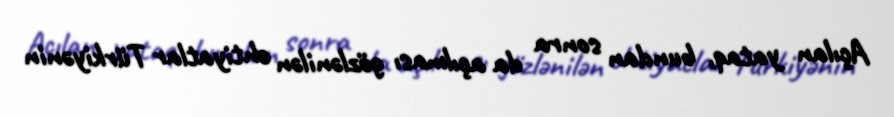
Açılan yataq, bundan sonra da açılması gözlənilən ehtiyatlar Türkiyənin